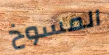
المسوخ